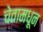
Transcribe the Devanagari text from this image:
चेतामधून